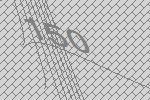
150